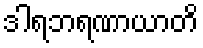
ဒါရဘရဏာယာတိ